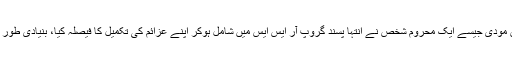
لیکن، بے رحم ارادے اور اختراعی سوچ کے حامل، اپنے خوابوں کے حصول اور بہتر زندگی کے خواہاں مودی جیسے ایک محروم شخص نے انتہا پسند گروپ آر ایس ایس میں شامل ہوکر اپنے عزائم کی تکمیل کا فیصلہ کیا، بنیادی طور پر ہندوستان میں مسلمانوں اور دیگر اقلیتوں کو ختم کرنے کے نعرے لگاتے ہوئے "ہندوتوا" کا پرچار کیا۔